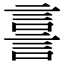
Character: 𧨟